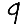
Digit: 9